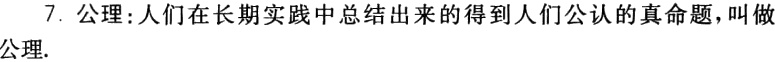
7. 公理:人们在长期实践中总结出来的得到人们公认的真命题，叫做公理.